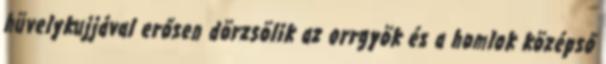
hüvelykujjával erősen dörzsölik az orrgyök és a homlok középső